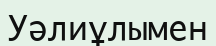
Уәлиұлымен